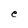
Character: e